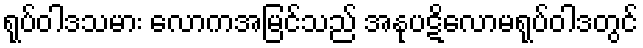
ရုပ်ဝါဒသမား လောကအမြင်သည် အနုပဋိလောမရုပ်ဝါဒတွင်